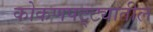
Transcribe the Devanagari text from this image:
कोकणपट्ट्यातील